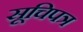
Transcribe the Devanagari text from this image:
सूचिपत्र